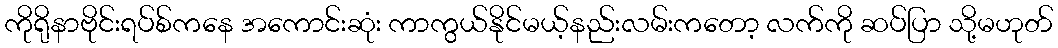
ကိုရိုနာဗိုင်းရပ်စ်ကနေ အကောင်းဆုံး ကာကွယ်နိုင်မယ့်နည်းလမ်းကတော့ လက်ကို ဆပ်ပြာ သို့မဟုတ်